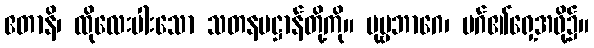
ဧတာနိ၊ ထိုလေးပါးသော သတနပဋ္ဌာန်တို့ကို။ ပုဗ္ဗဘာဂေ၊ မဂ်၏ရှေ့အဖို့၌။